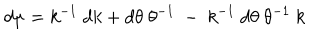
LaTeX: d \mu = k ^ { - 1 } ~ d k + d \theta ~ \theta ^ { - 1 } ~ - ~ k ^ { - 1 } ~ d \theta ~ \theta ^ { - 1 } ~ k